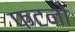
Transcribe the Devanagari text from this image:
फटनों